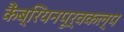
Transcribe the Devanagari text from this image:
कैंब्रियनपूर्वकल्प